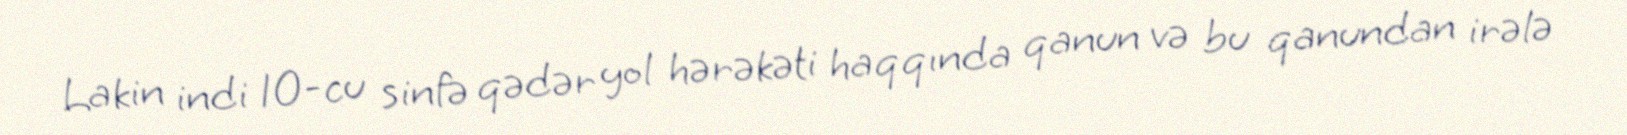
Lakin indi 10-cu sinfə qədər yol hərəkəti haqqında qanun və bu qanundan irələ